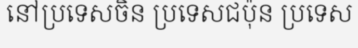
នៅប្រទេសចិន ប្រទេសជប៉ុន ប្រទេស